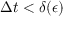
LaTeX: \Delta t < \delta ( \epsilon )